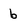
Character: b